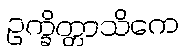
ဥက္ခိတ္တာသိကေ